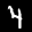
Label: 4